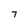
Character: 7